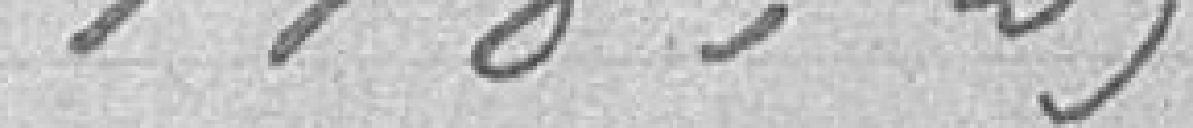
118,29